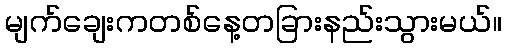
မျက်ချေးကတစ်နေ့တခြားနည်းသွားမယ်။